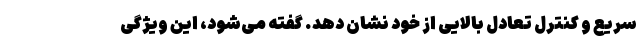
سریع و کنترل تعادل بالایی از خود نشان دهد. گفته می‌شود، این ویژگی